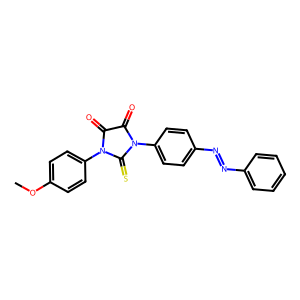
SMILES: COc1ccc(N2C(=O)C(=O)N(c3ccc(N=Nc4ccccc4)cc3)C2=S)cc1
Inhibits HIV replication: No